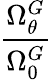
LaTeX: \frac{\Omega_{\theta}^{G}}{\Omega_{0}^{G}}